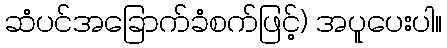
ဆံပင်အခြောက်ခံစက်ဖြင့်) အပူပေးပါ။